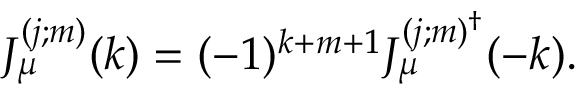
J _ { \mu } ^ { ( j ; m ) } ( k ) = ( - 1 ) ^ { k + m + 1 } J _ { \mu } ^ { ( j ; m ) ^ { \dag } } ( - k ) .